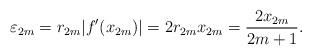
LaTeX: \begin{align*}\varepsilon_{2m} =r_{2m}|f'(x_{2m})|= 2r_{2m}x_{2m}= \frac{2x_{2m}}{2m+1}.\end{align*}